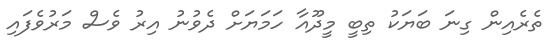
ތެރެއިން ގިނަ ބަޔަކު ތިބީ މީދޫއާ ހަމަޔަށް ދެވުނު އިރު ވެސް މަރުވެފައި